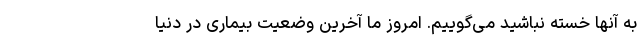
به آنها خسته نباشید می‌گوییم. امروز ما آخرین وضعیت بیماری در دنیا